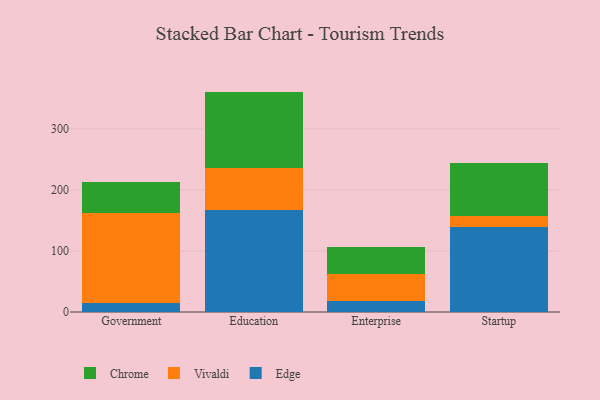
{"axis": {"x": "Segment", "y": "Demand Index"}, "legend": ["Chrome", "Edge", "Vivaldi"], "data": [{"x": "Government", "y": 14.7, "type": "Edge"}, {"x": "Government", "y": 147.3, "type": "Vivaldi"}, {"x": "Government", "y": 51.0, "type": "Chrome"}, {"x": "Education", "y": 166.4, "type": "Edge"}, {"x": "Education", "y": 69.0, "type": "Vivaldi"}, {"x": "Education", "y": 125.9, "type": "Chrome"}, {"x": "Enterprise", "y": 18.3, "type": "Edge"}, {"x": "Enterprise", "y": 43.5, "type": "Vivaldi"}, {"x": "Enterprise", "y": 45.3, "type": "Chrome"}, {"x": "Startup", "y": 139.7, "type": "Edge"}, {"x": "Startup", "y": 18.3, "type": "Vivaldi"}, {"x": "Startup", "y": 85.9, "type": "Chrome"}]}